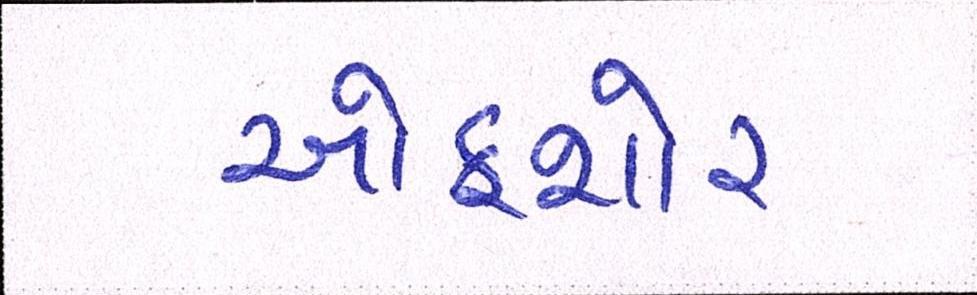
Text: ઓફશોર